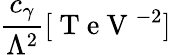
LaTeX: \frac{c_{\gamma}}{\Lambda^{2}}[\mathrm{~T~e~V~}^{-2}]